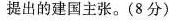
提出的建国主张。(8分)